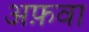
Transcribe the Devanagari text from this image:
अफ़वा